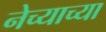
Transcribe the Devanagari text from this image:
नेच्याच्या